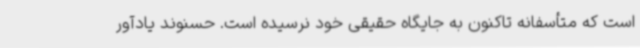
است که متأسفانه تاکنون به جایگاه حقیقی خود نرسیده است. حسنوند یادآور